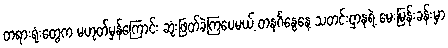
တရားရုံးတွေက မဟုတ်မှန်ကြောင်း ဆုံးဖြတ်ခဲ့ကြပေမယ့် တနင်္ဂနွေနေ့ သတင်းဌာနရဲ့ မေးမြန်းခန်းမှာ